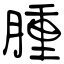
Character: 腫